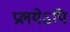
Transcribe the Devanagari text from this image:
प्रलयेऽपि